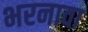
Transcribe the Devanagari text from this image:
भरनावा